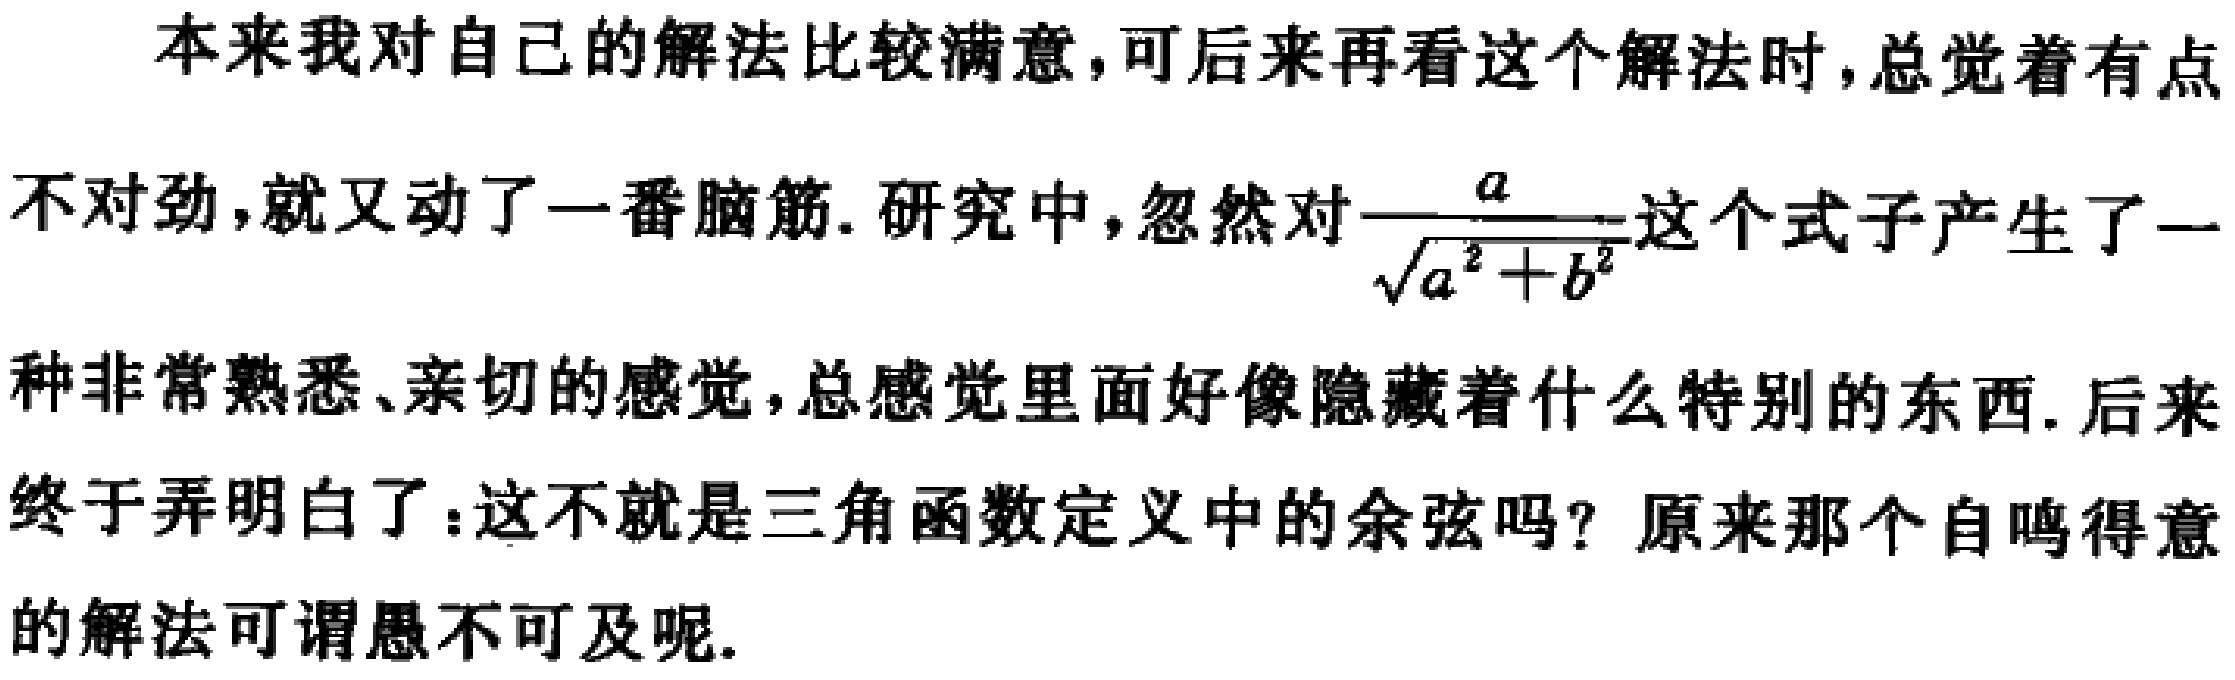
本来我对自己的解法比较满意，可后来再看这个解法时，总觉着有点不对劲，就又动了一番脑筋. 研究中，忽然对$\frac{a}{\sqrt{a^{2}+b^{2}}}$这个式子产生了一种非常熟悉、亲切的感觉，总感觉里面好像隐藏着什么特别的东西. 后来终于弄明白了：这不就是三角函数定义中的余弦吗？原来那个自鸣得意的解法可谓愚不可及呢.